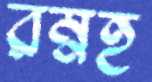
রম্নহ